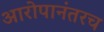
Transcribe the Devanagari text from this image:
आरोपानंतरच